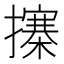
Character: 㩟